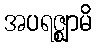
အပရဇ္ဈာမိ